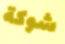
شوكة